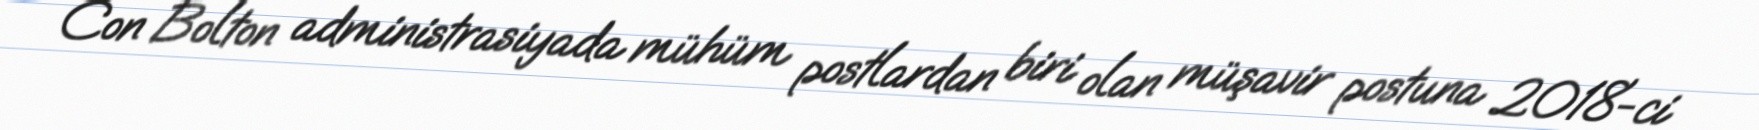
Con Bolton administrasiyada mühüm postlardan biri olan müşavir postuna 2018-ci